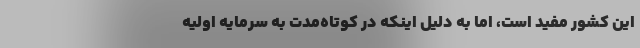
این کشور مفید است، اما به دلیل اینکه در کوتاه‌مدت به سرمایه اولیه